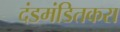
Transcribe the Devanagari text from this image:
दंडमंडितकरा